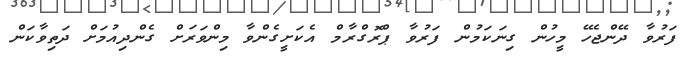
ފަރުވާ ދޭންޖެހޭ މީހުން ގިނަކަމުން ފަރުވާ ޕްރޮގްރާމް އެކަށީގެންވާ މިންވަރަށް ގެންދިއުމަށް ދަތިވާކަން